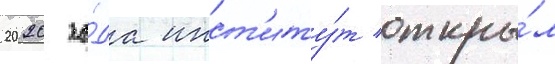
2020 го́да инст'иту́т откры́л